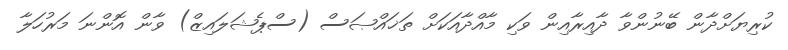
ކުރިޔަށްދާން ބޭނުންވާ ދާއިރާއިން ވަކި މާއްދާއަކަށް ތަޚައްޞަސް (ސްޕެޝަލައިޒް) ވާން އޮންނަ މަރުހަލާ